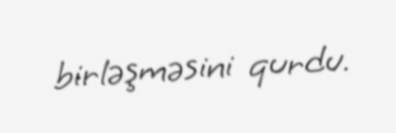
birləşməsini qurdu.